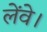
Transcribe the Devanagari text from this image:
लेंवे।